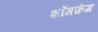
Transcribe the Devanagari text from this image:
शाँगफ़ंग